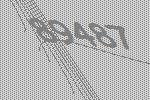
89487